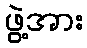
ဖွဲ့အား